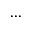
. . .